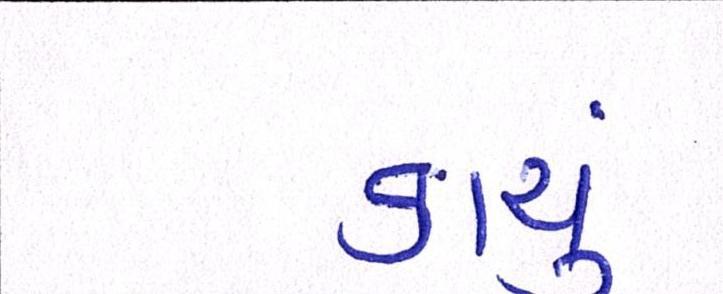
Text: કાચું